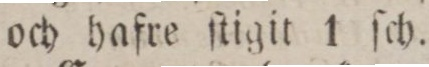
och hafre ſtigit 1 ſch.